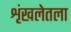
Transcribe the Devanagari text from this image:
शृंखलेतला